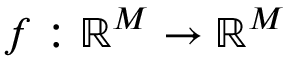
\boldsymbol { f } : \mathbb { R } ^ { M } \to \mathbb { R } ^ { M }